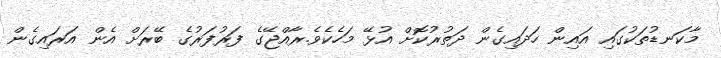
މާކަނޑުތަކުގައި އައިން ހަދައިގެން ދަތުރުކޮށް އުޅޭ މަހެކެވެ.ރާއްޖޭގެ ފަރުފަރުގެ ބޭރަށް އެން އަރައިގެން